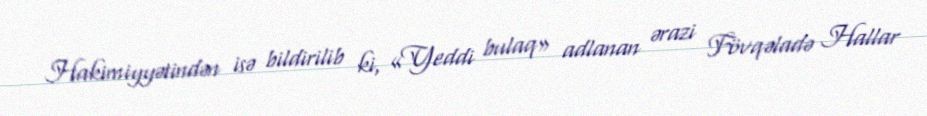
Hakimiyyətindən isə bildirilib ki, «Yeddi bulaq» adlanan ərazi Fövqəladə Hallar